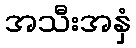
အသီးအနှံ